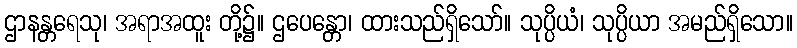
ဌာနန္တရေသု၊ အရာအထူး တို့၌။ ဌပေန္တော၊ ထားသည်ရှိသော်။ သုပ္ပိယံ၊ သုပ္ပိယာ အမည်ရှိသော။